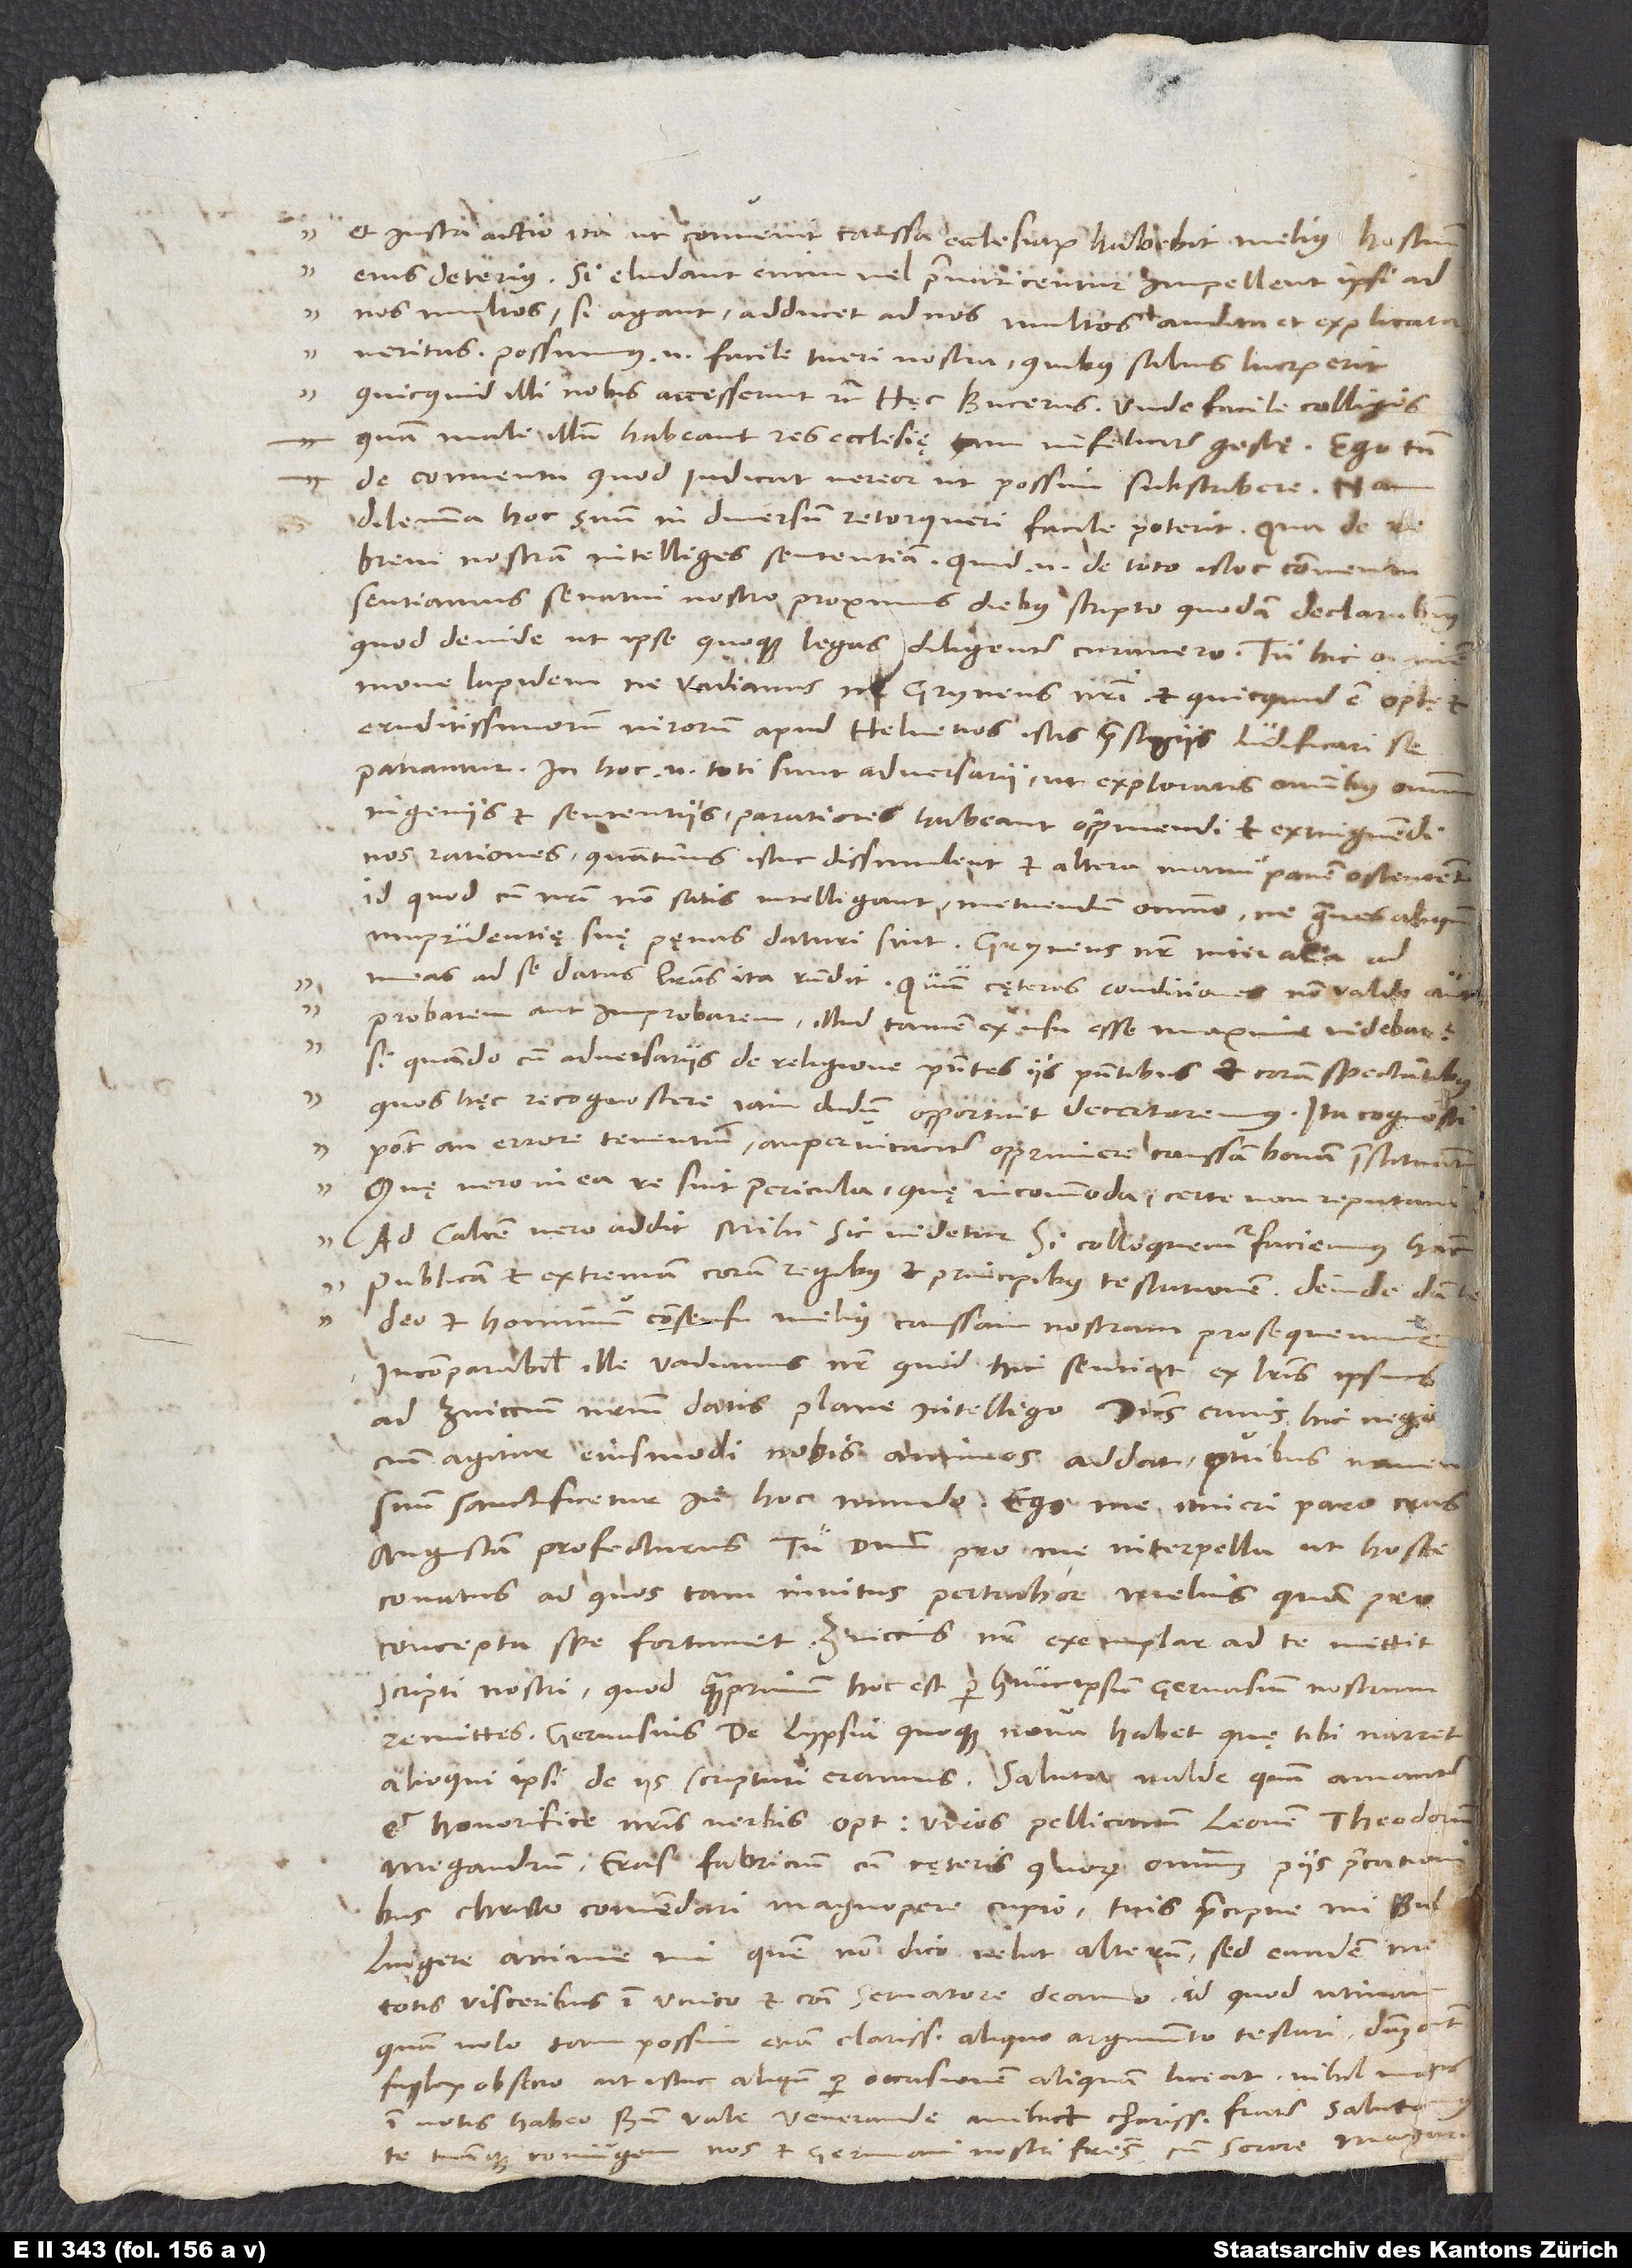
.

17.

et iusta actio ita, ut convenit, caussa ecclesiarum habebit melius, hostium
nos multos; si agant, adducet ad nos multos audita et explicata
veritas. Possumus enim facile tueri nostra, quibus salvis lucrum erit,
quam male illum habeant res ecclesię tam infeliciter gestę. Ego tamen,
de conventu quod iudicat, vereor, ut possim subscribere, nam
dilemma hoc suum in diversum retorqueri facile poterit, qua de re
brevi nostram intelliges sententiam. Quid enim de toto istoc conventu
sentiamus, senatui nostro proximis diebus scripto quodam declarabimus;
quod deinde ut ipse quoque legas, diligenter curavero. Tu hic omnem
move lapidem, ne Vadianus, ne Gryneus nostri, et quicquid est optimorum
eruditissimorum virorum apud Helvetios, istis praestigiis ludificari se
patiantur. In hoc enim toti sunt adversarii, ut exploratis omnibus omnium
ingeniis et sententiis paratiores habeant opprimendi et extinguendi
nos rationes, quantumvis istuc dissimulent et altera manu panem ostentent,
id quod cum nostri non satis intelligant, metuendum omnino, ne graves aliquando
meas ad se datas literas ita respondit: „Quum cęteras conditiones non valde aut
probarem aut improbarem, illud tamen ex usu esse maxime videbatur,
si quando cum adversariis de religione praesentes iis praesentibus et coram spectantibus,
quos hęc recognoscere iam dudum opportuit, decertaremus. Ita cognosci
potest, an errore tenentur, an pervicaciter opprimere caussam bonam instituant.
Quę vero in ea re sint pericula, quę incommoda, certe non reputavi.“
Ad calcem vero addit: „Mihi sic videtur: Si colloquemur, faciemus hanc
publicam et extremam coram regibus et principibus testationem, deinde dante
deo et hominum consensu melius caussam nostram prosequemur.“
Incomparabilis ille Vadianus noster quid hic sentiat, ex literis ipsius
ad Zviccium nostrum datis plane intelligo. Dominus, cuius hic negocium
agitur, eiusmodi nobis animos addat, quibus nomen
Augustam profecturus. Tu dominum pro me interpella, ut hosce
conatus, ad quos tam invitus pertrahor, melius quam pro
scripti nostri, quod quamprimum, hoc est per hunc ipsum Gervasium nostrum,
remittes. Gervasius de Lypsia quoque nova habet, quę tibi narret;
alioqui ipsi de iis scripturi eramus. Saluta valde quam amanter
et honorifice nostris verbis optimos viros Pellicanum, Leonem, Theodorum,
Megandrum, Erasmum Fabricium cum cęteris, quorum omnium piis precationibus
Christo commendari magnopere cupio, tuis praecipue, mi Bullingere,
anime mi, quem, non dico velut alterum, sed eundem me
totis visceribus in unico et communi servatore deamo, id quod utinam,
quam volo, tam possim etiam clarissimo aliquo argumento testari. Dominum autem
supplex obsecro, ut istuc aliquando per occasionem aliquam liceat; nihil magis
in votis habeo. Bene vale, venerande mihi et charissime frater. Salutamus
te tuamque coniugem nos et germani nostri fratres cum sorore Margarita.